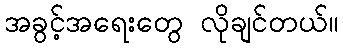
အခွင့်အရေးတွေ လိုချင်တယ်။